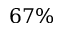
6 7 \%